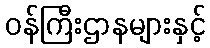
ဝန်ကြီးဌာနများနှင့်